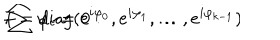
LaTeX: f = \mathrm { d i a g } ( e ^ { i \varphi _ { 0 } } , e ^ { i \varphi _ { 1 } } , \ldots , e ^ { i \varphi _ { k - 1 } } ) \hspace { 0 . 2 c m } ; \hspace { 0 . 2 c m } \sum \varphi _ { i } = 0 \, \, .